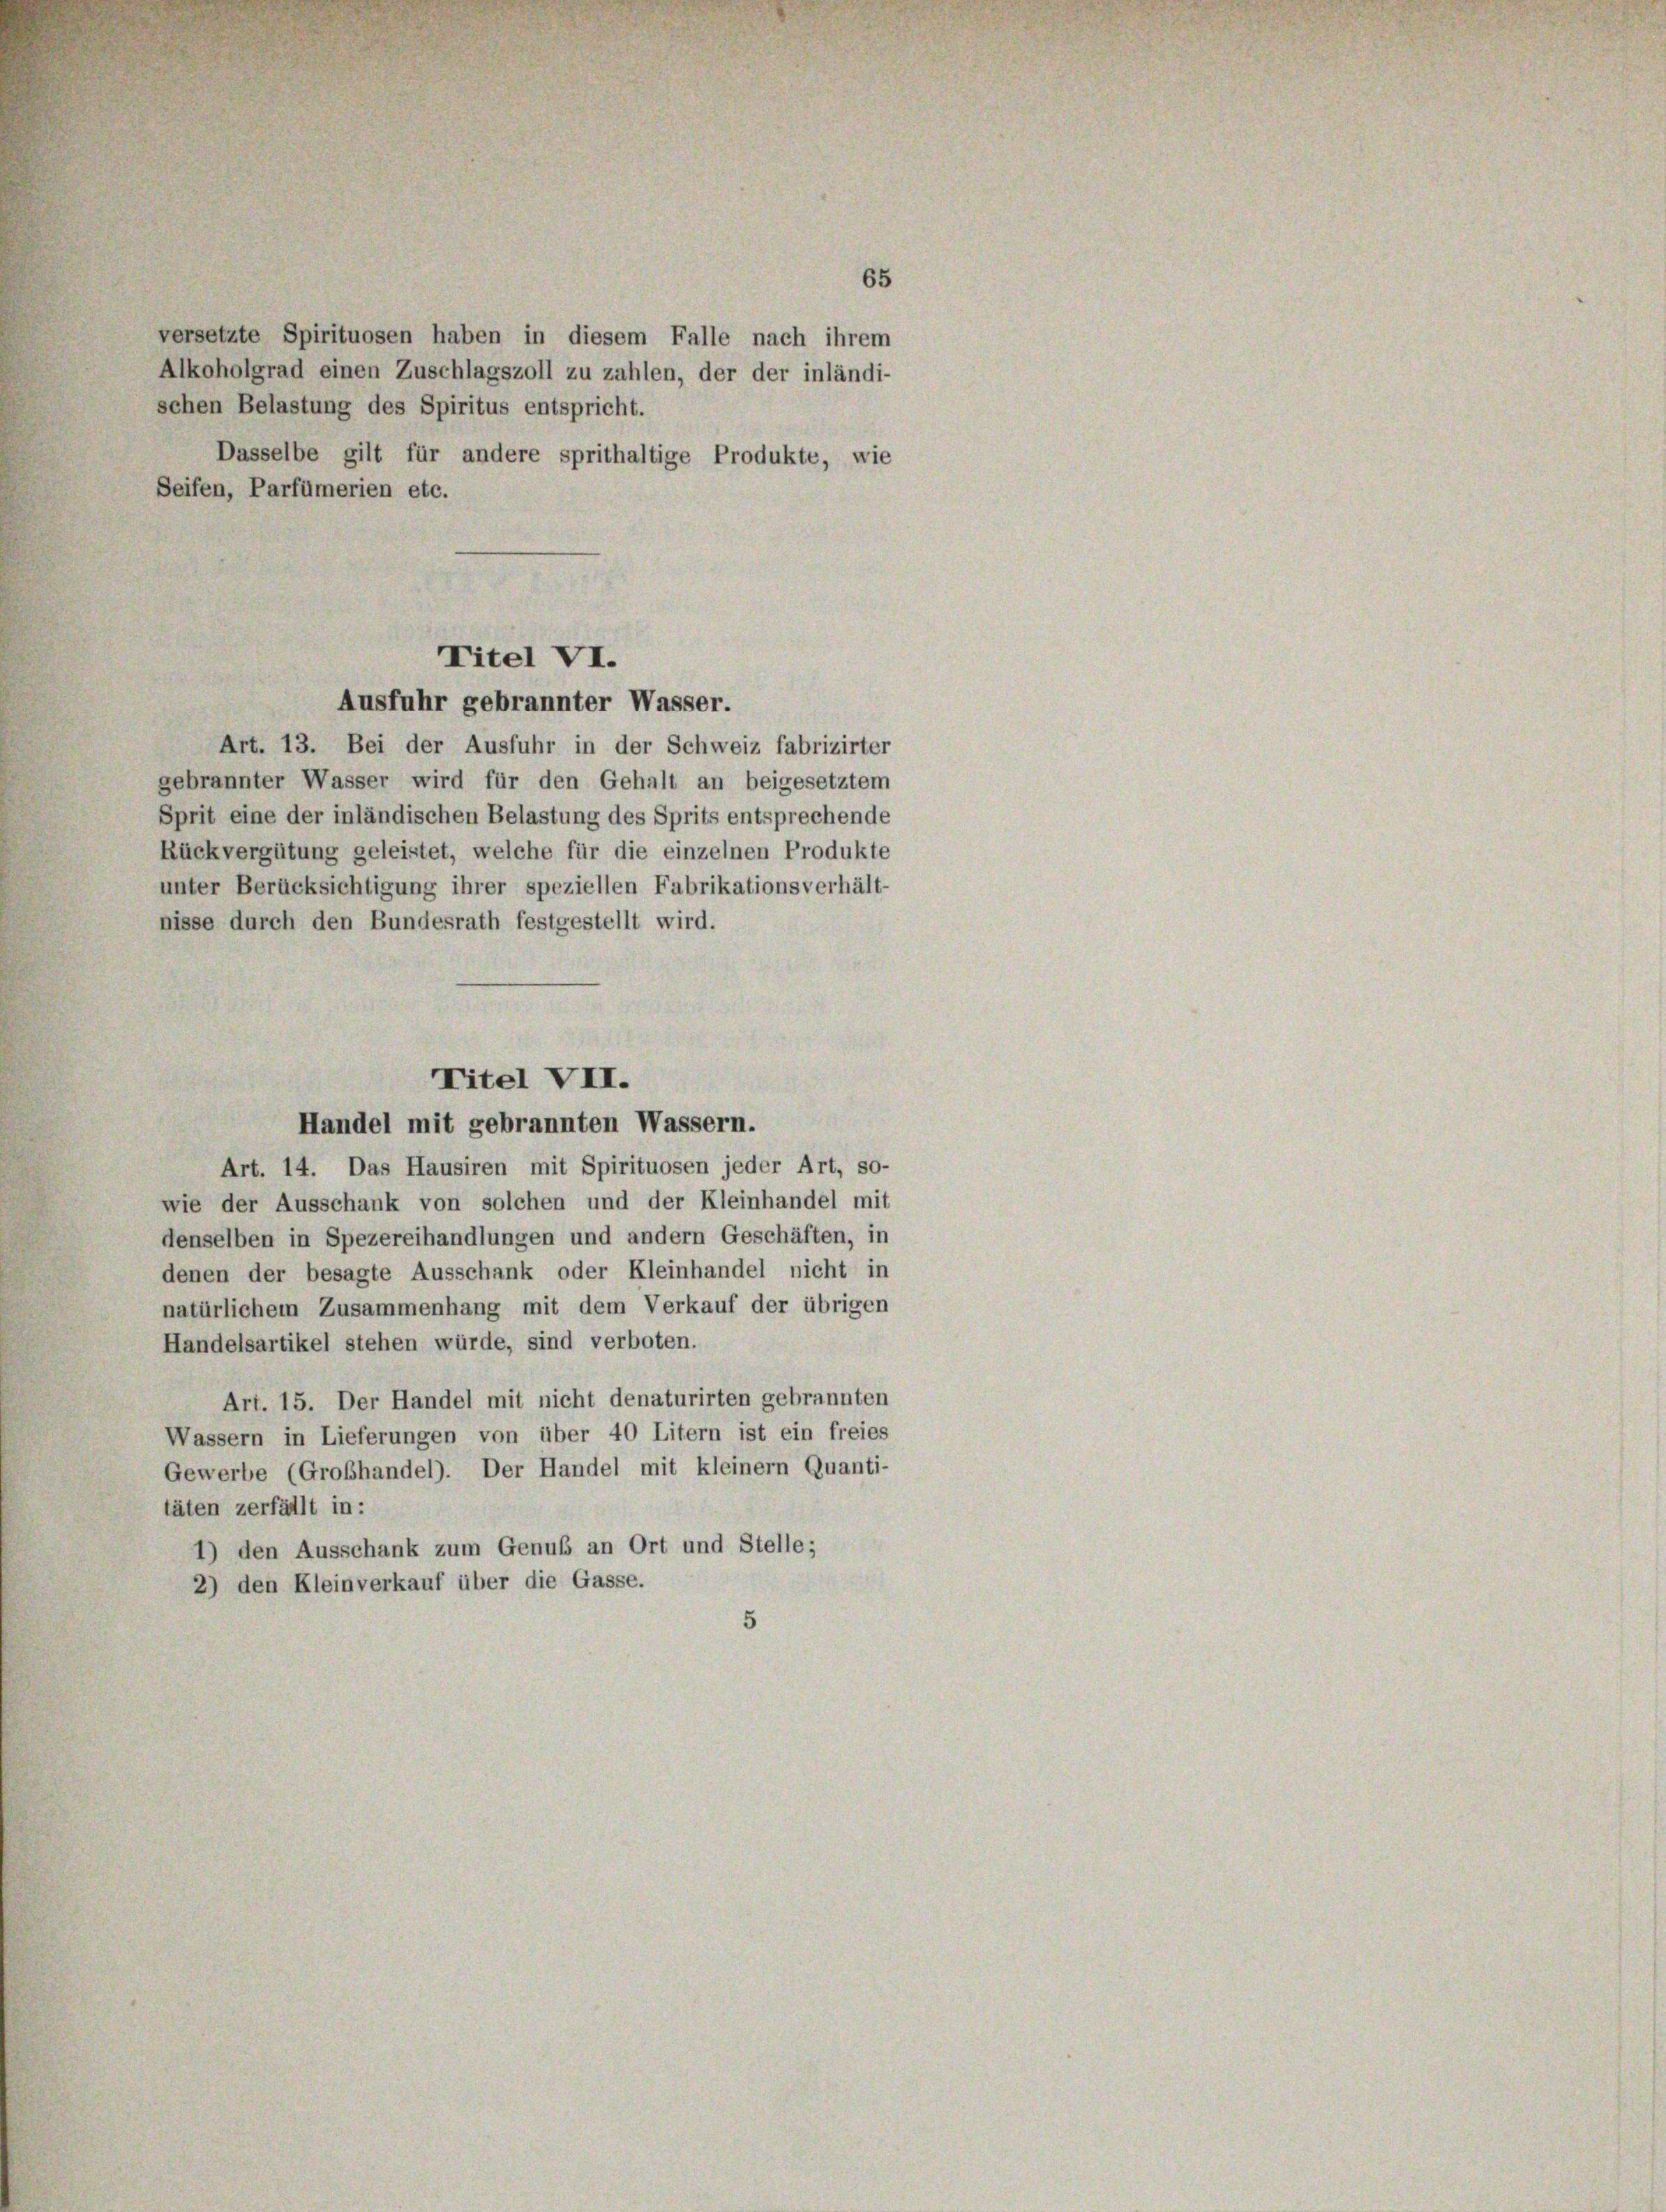
versetzte Spirituosen haben in diesem Falle nach ihrem
Alkoholgrad einen Zuschlagszoll zu zahlen, der der inländi-
schen Belastung des Spiritus entspricht.
Dasselbe gilt für andere sprithaltige Produkte, wie
Seifen, Parfümerien etc.
Art. 13. Bei der Ausfuhr in der Schweiz fabrizirter
gebrannter Wasser wird für den Gehalt an beigesetztem
Sprit eine der inländischen Belastung des Sprits entsprechende
Rückvergütung geleistet, welche für die einzelnen Produkte
unter Berücksichtigung ihrer speziellen Fabrikationsverhält-
nisse durch den Bundesrath festgestellt wird.
Titel VII.
Handel mit gebrannten Wassern.
Art. 14. Das Hausiren mit Spirituosen jeder Art, so-
wie der Ausschank von solchen und der Kleinhandel mit
denselben in Spezereihandlungen und andern Geschäften, in
denen der besagte Ausschank oder Kleinhandel nicht in
natürlichem Zusammenhang mit dem Verkauf der übrigen
Handelsartikel stehen würde, sind verboten.
Art. 15. Der Handel mit nicht denaturirten gebrannten
Wassern in Lieferungen von über 40 Litern ist ein freies
Gewerbe (Grobhandel). Der Handel mit kleinem Quanti-
täten zerfällt in:
1) den Ausschank zum Genuß an Ort und Stelle;
2) den Kleinverkauf über die Gasse.

Titel VI.
Ausfuhr gebrannter Wasser.

65